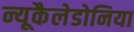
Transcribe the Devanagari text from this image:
न्यूकैलेडोनिया